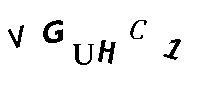
VGUHC1